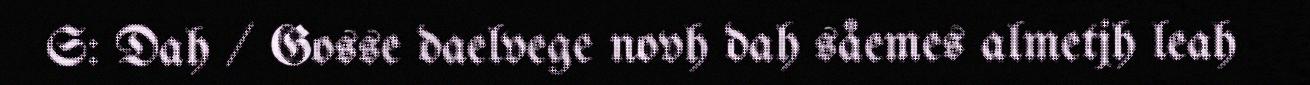
S: Dah / Gosse daelvege novh dah såemes almetjh leah